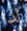
لذا